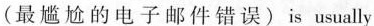
(最尴尬的电子邮件错误)is usually